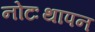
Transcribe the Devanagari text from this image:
नोटःथापन